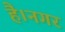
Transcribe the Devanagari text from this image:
है।नगर